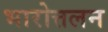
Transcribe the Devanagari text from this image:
भारोत्तलन